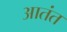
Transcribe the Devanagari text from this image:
आतंत